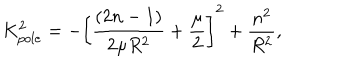
K _ { p o l e } ^ { 2 } = - \left[ \frac { ( 2 n - 1 ) } { 2 \mu R ^ { 2 } } + \frac { \mu } { 2 } \right] ^ { 2 } + \frac { n ^ { 2 } } { R ^ { 2 } } ,